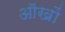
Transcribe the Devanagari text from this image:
ऑखों